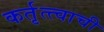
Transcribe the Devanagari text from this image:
कर्तृत्त्वाची